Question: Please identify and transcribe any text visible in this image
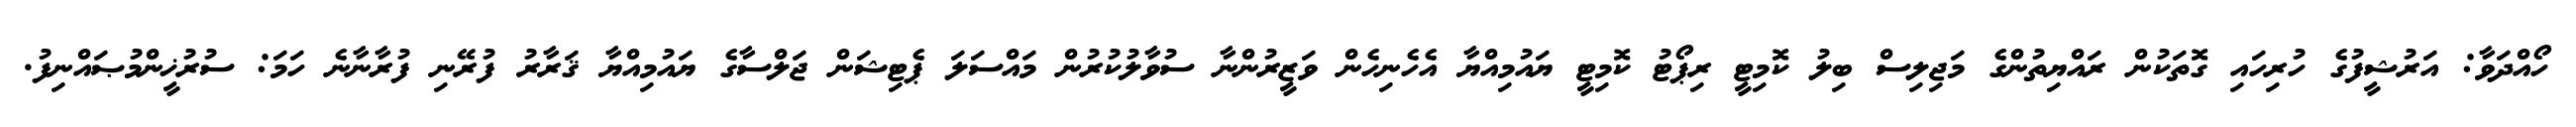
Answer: ހޯއްދަވާ: އަރުޝީފުގެ ހުރިހައި ގޮތަކުން ރައްޔިތުންގެ މަޖިލިސް ބިލު ކޮމިޓީ ރިޕޯޓު ކޮމިޓީ ޔައުމިއްޔާ އެހެނިހެން ވަޒީރުންނާ ސުވާލުކުރުން މައްސަލަ ޕެޓިޝަން ޖަލްސާގެ ޔައުމިއްޔާ ޤަރާރު ފުރޭނި ފުރާނާނެ ހަމަ: ސުރުޚީންމުޞައްނިފު.